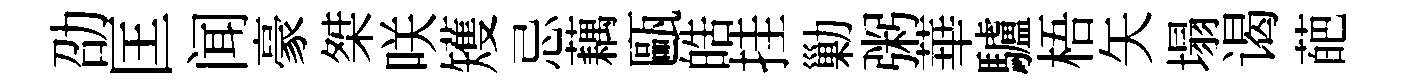
劭匡闻豪桀咲矱忌藕甌皓挂勦粥華驢梧矢塌谒葩